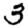
Digit: 3